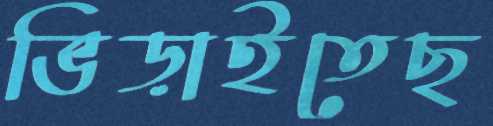
ভিড়াইতেছ